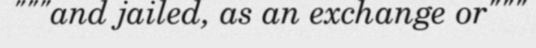
"""and jailed, as an exchange or"""